Report of the Imperial Institute of Veterinary Research, Muktesar
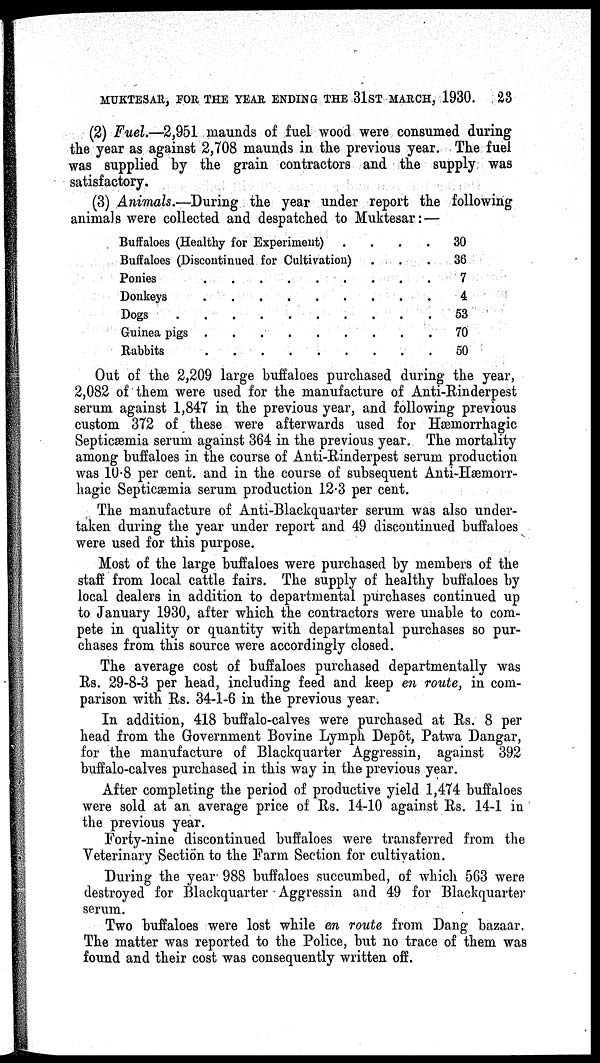
MUKTESAR, FOR THE YEAR ENDING THE 31ST MARCH, 1930. 23
(2) Fuel.—2,951 maunds of fuel wood were consumed during
the year as against 2,708 maunds in the previous year. The fuel
was supplied by the grain contractors and the supply was
satisfactory.
(3) Animals.—During the year under report the following
animals were collected and despatched to Muktesar:—
Buffaloes (Healthy for Experiment) .
Buffaloes (Discontinued for Cultivation)
Ponies
Donkeys
Dogs
Guinea pigs
Rabbits
.
.
.
.
.
.
.
.
.
.
.
.
.
.
.
.
.
.
.
.
.
.
.
.
.
.
.
.
.
.
.
.
.
.
.
.
.
.
.
.
.
.
.
.
.
.
.
.
.
.
.
30
36
7
4
53
70
50
Out of the 2,209 large buffaloes purchased during the year,
2,082 of them were used for the manufacture of Anti-Rinderpest
serum against 1,847 in the previous year, and following previous
custom 372 of these were afterwards used for Hæmorrhagic
Septicæmia serum against 364 in the previous year. The mortality
among buffaloes in the course of Anti-Rinderpest serum production
was 10.8 per cent. and in the course of subsequent Anti-Hæmorr¬
hagic Septicæmia serum production 12.3 per cent.
The manufacture of Anti-Blackquarter serum was also under-
taken during the year under report and 49 discontinued buffaloes
were used for this purpose.
Most of the large buffaloes were purchased by members of the
staff from local cattle fairs. The supply of healthy buffaloes by
local dealers in addition to departmental purchases continued up
to January 1930, after which the contractors were unable to com-
pete in quality or quantity with departmental purchases so pur-
chases from this source were accordingly closed.
The average cost of buffaloes purchased departmentally was
Rs. 29-8-3 per head, including feed and keep en route, in com-
parison with Rs. 34-1-6 in the previous year.
In addition, 418 buffalo-calves were purchased at Rs. 8 per
head from the Government Bovine Lymph Depôt, Patwa Dangar,
for the manufacture of Blackquarter Aggressin, against 392
buffalo-calves purchased in this way in the previous year.
After completing the period of productive yield 1,474 buffaloes
were sold at an average price of Rs. 14-10 against Rs. 14-1 in
the previous year.
Forty-nine discontinued buffaloes were transferred from the
Veterinary Section to the Farm Section for cultivation.
During the year 988 buffaloes succumbed, of which 563 were
destroyed for Blackquarter Aggressin and 49 for Blackquarter
serum.
Two buffaloes were lost while en route from Dang bazaar.
The matter was reported to the Police, but no trace of them was
found and their cost was consequently written off.